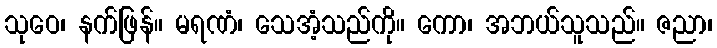
သုဝေ၊ နက်ဖြန်။ မရဏံ၊ သေအံ့သည်ကို။ ကော၊ အဘယ်သူသည်။ ဇညာ၊